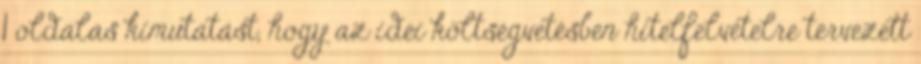
1 oldalas kimutatást, hogy az idei költségvetésben hitelfelvételre tervezett